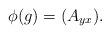
LaTeX: \begin{align*}\phi(g)=(A_{yx}).\end{align*}